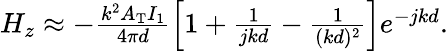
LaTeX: \begin{array}{r}{H_{z}\approx-\frac{k^{2}A_{\mathrm{T}}I_{1}}{4\pi d}\left[1+\frac{1}{jkd}-\frac{1}{(kd)^{2}}\right]e^{-jkd}.}\end{array}